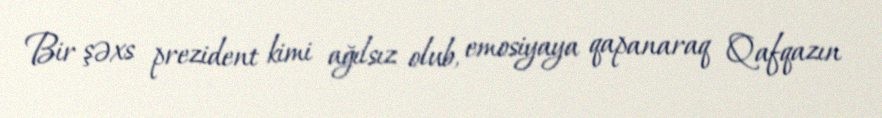
Bir şəxs prezident kimi ağılsız olub, emosiyaya qapanaraq Qafqazın